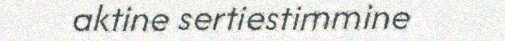
aktine sertiestimmine